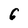
Character: 6